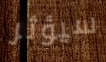
سيؤثر